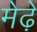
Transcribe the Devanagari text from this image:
मेढे़